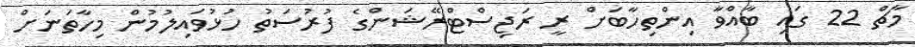
މާޗް 22 ގައި ބާއްވާ އިންތިހާބަށް ރީ ރަޖިސްޓްރޭޝަންގެ ފުރުސަތު ހުޅުވައިލުމުން މިހާތަނަށް